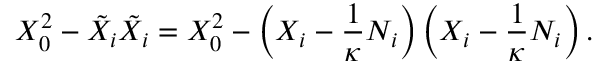
X _ { 0 } ^ { 2 } - \tilde { X } _ { i } \tilde { X } _ { i } = X _ { 0 } ^ { 2 } - \left( X _ { i } - \frac 1 \kappa N _ { i } \right) \left( X _ { i } - \frac 1 \kappa N _ { i } \right) .